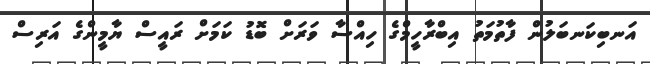
އަނބިކަނބަލުން ފާތުމަތު އިބްރާހީމްގެ ހިއްސާ ވަރަށް ބޮޑު ކަމަށް ރައީސް ޔާމީންގެ އަރިސް